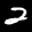
Label: 2